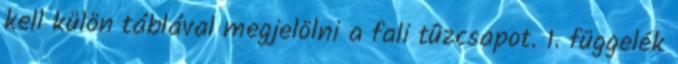
kell külön táblával megjelölni a fali tûzcsapot. 1. függelék